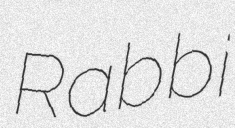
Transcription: Rabbi